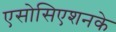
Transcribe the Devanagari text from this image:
एसोसिएशनके